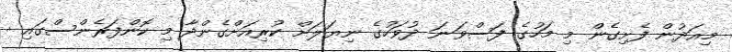
މިއަދުން ފެށިގެން މި މަހުގެ ފަސްވަނަ ދުވަހުގެ ނިޔަލަށް ކުރިއަށްގެންދާ މި ކޮންފަރެންސްގައި